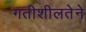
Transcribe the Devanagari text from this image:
गतीशीलतेने